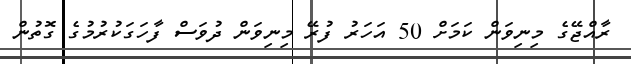
ރާއްޖޭގެ މިނިވަން ކަމަށް 50 އަހަރު ފުރޭ މިނިވަން ދުވަސް ފާހަގަކުރުމުގެ ގޮތުން